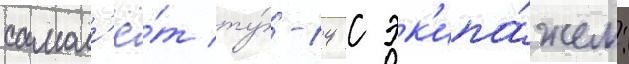
самол'ё́т ту́-14 с эк'ипа́жем: